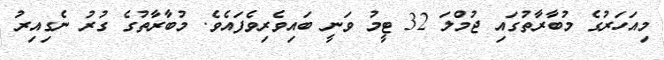
މިއަހަރުގެ މުބާރާތުގައި ޖުމްލަ 32 ޓީމު ވަނީ ބައިވެރިވެފައެވެ. މުބާރާތުގެ ގުރު ނެގިއިރު